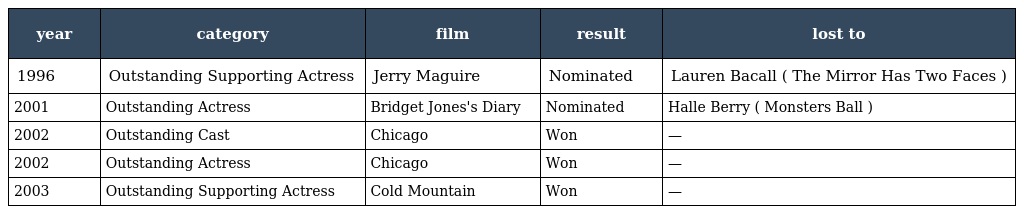
| year | category | film | result | lost to |
 | --- | --- | --- | --- | --- |
 | 1996 | Outstanding Supporting Actress | Jerry Maguire | Nominated | Lauren Bacall ( The Mirror Has Two Faces ) |
 | 2001 | Outstanding Actress | Bridget Jones's Diary | Nominated | Halle Berry ( Monsters Ball ) |
 | 2002 | Outstanding Cast | Chicago | Won | — |
 | 2002 | Outstanding Actress | Chicago | Won | — |
 | 2003 | Outstanding Supporting Actress | Cold Mountain | Won | — |